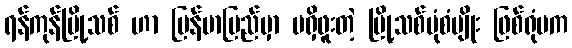
ရန်ကုန်မြို့သစ် ဟာ မြန်မာပြည်မှာ မရှိဖူးတဲ့ မြို့သစ်ပုံစံမျိုး ဖြစ်ရုံမက